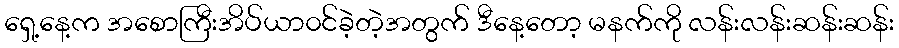
ရှေ့နေ့က အစောကြီးအိပ်ယာ၀င်ခဲ့တဲ့အတွက် ဒီနေ့တော့ မနက်ကို လန်းလန်းဆန်းဆန်း